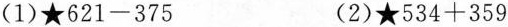
(1)★$$621-375$$ (2)★$$534+359$$